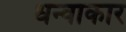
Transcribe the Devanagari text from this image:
धन्वाकार